Report on sanitation, dispensaries, and jails in Rajputana for 1920, and on vaccination for the year 1920-1921 - 1920-1921
Year: 1920
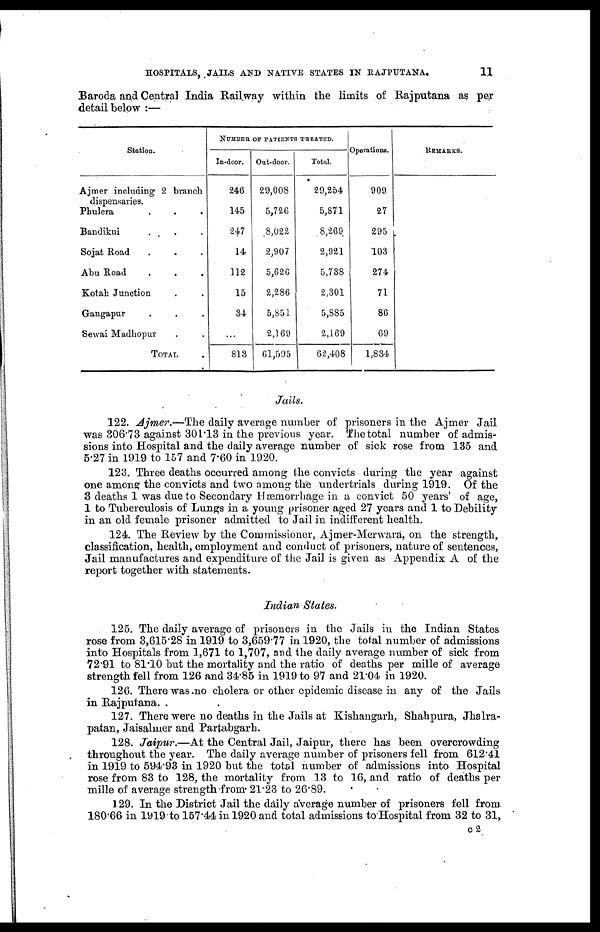
HOSPITALS, JAILS AND NATIVE STATES IN RAJPUTANA.
11
Baroda and Central India Railway within the limits of Rajputana as per
detail below :—
Station.
Ajmer including 2 branch
dispensaries.
Phulera . . . . . .
Bandikui . . . . . .
Sojat Road . . . . .
Abu Road . . . . .
Kotah Junction . . . .
Gangapur . . . . .
Sewai Madhopur . . . .
TOTAL .
NUMBER OF PATIENTS TREATED.
In-door.
246
145
247
14
112
15
34
...
813
Out-door.
29,008
5,726
8,022
2,907
5,626
2,286
5,851
2,169
61,595
Total.
29,254
5,871
8,269
2,921
5,738
2,301
5,885
2,169
62,408
Operations.
909
27
295
103
274
71
86
69
1,834
REMARKS.
Jails.
122. Ajmer.—The daily average number of prisoners in the Ajmer Jail
was 306.73 against 301.13 in the previous year. The total number of admis-
sions into Hospital and the daily average number of sick rose from 135 and
5.27 in 1919 to 157 and 7.60 in 1920.
123. Three deaths occurred among the convicts during the year against
one among the convicts and two among the undertrials during 1919. Of the
3 deaths 1 was due to Secondary Hæmorrhage in a convict 50 years' of age,
1 to Tuberculosis of Lungs in a young prisoner aged 27 years and 1 to Debility
in an old female prisoner admitted to Jail in indifferent health.
124. The Review by the Commissioner, Ajmer-Merwara, on the strength,
classification, health, employment and conduct of prisoners, nature of sentences,
Jail manufactures and expenditure of the Jail is given as Appendix A of the
report together with statements.
Indian States.
125. The daily average of prisoners in the Jails in the Indian States
rose from 3,615.28 in 1919 to 3,659.77 in 1920, the total number of admissions
into Hospitals from 1,671 to 1,707, and the daily average number of sick from
72.91 to 81.10 but the mortality and the ratio of deaths per mille of average
strength fell from 126 and 34.85 in 1919 to 97 and 21.04 in 1920.
126. There was no cholera or other epidemic disease in any of the Jails
in Rajputana. .
127. There were no deaths in the Jails at Kishangarh, Shahpura, Jhalra-
patan, Jaisalmer and Partabgarh.
128. Jaipur.—At the Central Jail, Jaipur, there has been overcrowding
throughout the year. The daily average number of prisoners fell from 612.41
in 1919 to 594.93 in 1920 but the total number of admissions into Hospital
rose from 83 to 128, the mortality from 13 to 16, and ratio of deaths per
mille of average strength from 21.23 to 26.89.
129. In the District Jail the daily average number of prisoners fell from
180.66 in 1919 to 157.44 in 1920 and total admissions to Hospital from 32 to 31,
C2